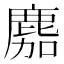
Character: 䴥